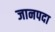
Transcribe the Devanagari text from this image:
जानपदा